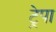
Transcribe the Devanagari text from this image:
ट्रेपा